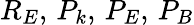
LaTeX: R_{E},\, P_{k},\, P_{E},\, P_{B}